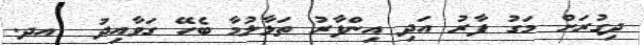
ދިގުރަށް މަގު ފާރު އަދި އިންފާރު ތަޅާލުމާ ބެހޭ ގަވާއިދު  އދ.